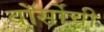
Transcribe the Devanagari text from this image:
वॉर्सोची